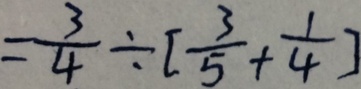
= \frac { 3 } { 4 } \div [ \frac { 3 } { 5 } + \frac { 1 } { 4 } ]